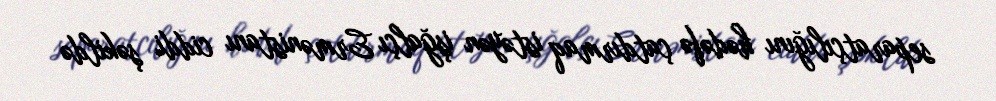
separatçılığını hədəfə çatdırmaq istəyən işğalçı Ermənistanı ciddi şəkildə